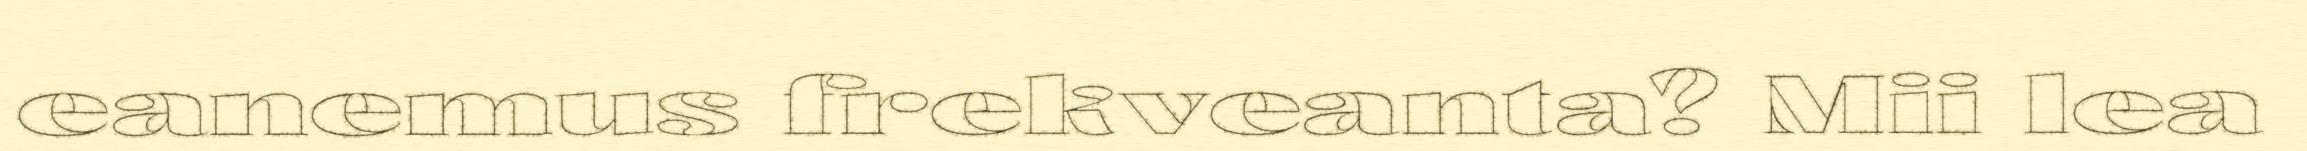
eanemus frekveanta? Mii lea